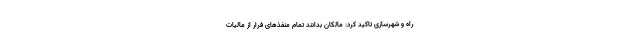
راه و شهرسازی تاکید کرد: مالکان بدانند تمام منفذهای فرار از مالیات